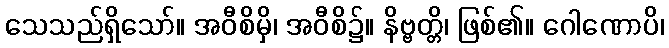
သေသည်ရှိသော်။ အဝီစိမှိ၊ အဝီစိ၌။ နိဗ္ဗတ္တိ၊ ဖြစ်၏။ ဂေါဏောပိ၊